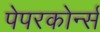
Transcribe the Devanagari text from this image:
पेपरकोर्न्स